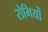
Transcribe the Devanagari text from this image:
रोगियों